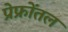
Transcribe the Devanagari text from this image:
प्रेफ्रोंतल